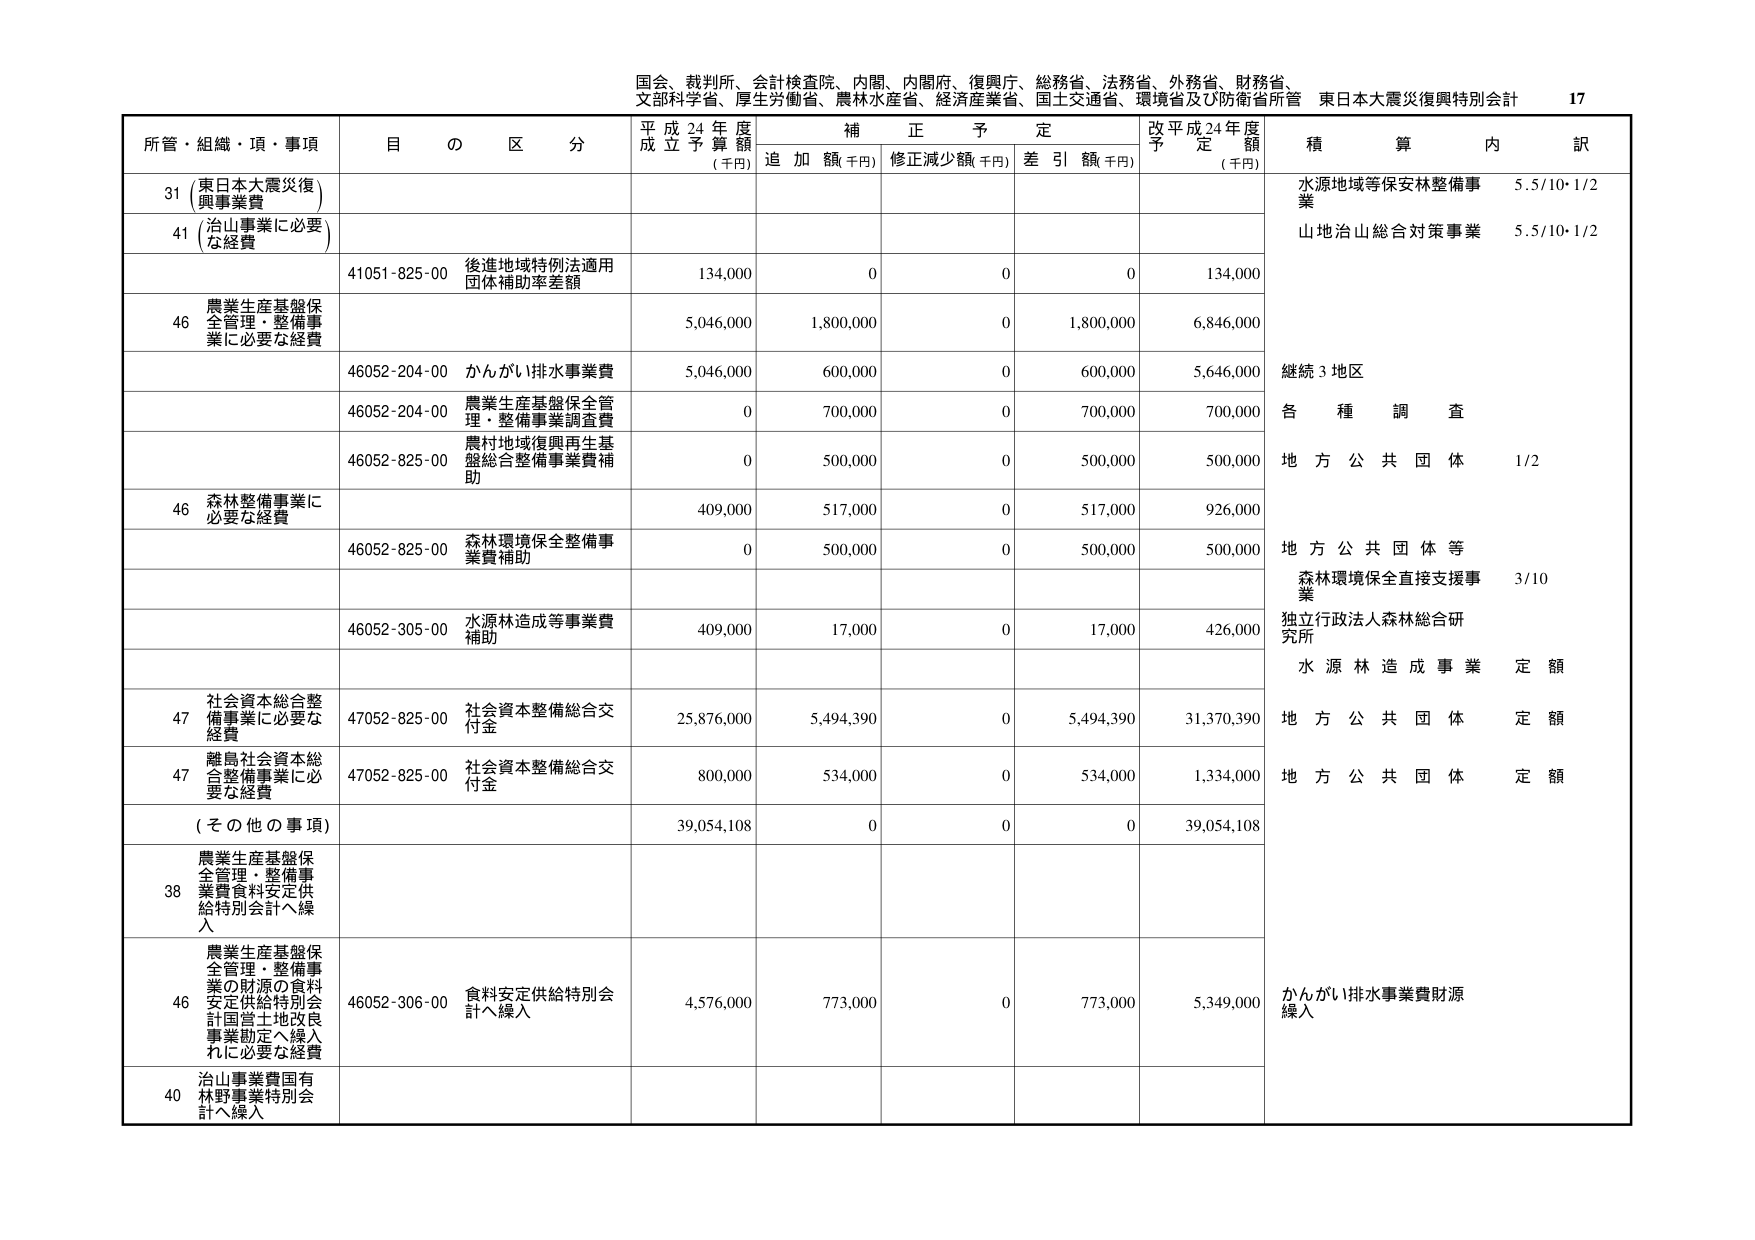
国会、裁判所、会計検査院、内閣、内閣府、復興庁、総務省、法務省、外務省、財務省、
文部科学省、厚生労働省、農林水産省、経済産業省、国土交通省、環境省及び防衛省所管 東日本大震災復興特別会計 17

所管・組織・項・事項 目 の 区 分 平成24年度 成立予算額 (千円) 補正予定 追加額(千円) 修正減少額(千円) 差引額(千円) 改平成24年度 予定額 (千円) 積算内訳

31 (東日本大震災復興事業費) 水源地域等保安林整備事業 5.5/10・1/2
41 (治山事業に必要な経費) 山地治山総合対策事業 5.5/10・1/2

41051-825-00 後進地域特例法適用団体補助率差額 134,000 0 0 0 134,000

46 農業生産基盤保全管理・整備事業に必要な経費 5,046,000 1,800,000 0 1,800,000 6,846,000

46052-204-00 かんがい排水事業費 5,046,000 600,000 0 600,000 5,646,000 継続3地区

46052-204-00 農業生産基盤保全管理・整備事業調査費 0 700,000 0 700,000 700,000 各種調査

46052-825-00 農村地域復興再生基盤総合整備事業費補助 0 500,000 0 500,000 500,000 地方公共団体 1/2

46 森林整備事業に必要な経費 409,000 517,000 0 517,000 926,000

46052-825-00 森林環境保全整備事業費補助 0 500,000 0 500,000 500,000 地方公共団体等

森林環境保全直接支援事業 3/10
独立行政法人森林総合研究所

46052-305-00 水源林造成等事業費補助 409,000 17,000 0 17,000 426,000 水源林造成事業定額

47 社会資本総合整備事業に必要な経費 47052-825-00 社会資本整備総合交付金 25,876,000 5,494,390 0 5,494,390 31,370,390 地方公共団体定額

47 離島社会資本総合整備事業に必要な経費 47052-825-00 社会資本整備総合交付金 800,000 534,000 0 534,000 1,334,000 地方公共団体定額

(その他の事項) 39,054,108 0 0 0 39,054,108

38 農業生産基盤保全管理・整備事業費食料安定供給特別会計へ繰入

46 農業生産基盤保全管理・整備事業の財源の食料安定供給特別会計国営土地改良事業勘定へ繰入に必要な経費 46052-306-00 食料安定供給特別会計へ繰入 4,576,000 773,000 0 773,000 5,349,000 かんがい排水事業費財源繰入

40 治山事業費国有林野事業特別会計へ繰入